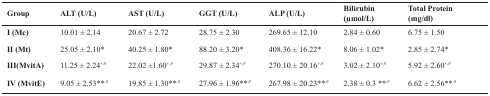
<table><thead><tr><td><b>Group</b></td><td><b>ALT (U/L)</b></td><td><b>AST (U/L)</b></td><td><b>GGT (U/L)</b></td><td><b>ALP (U/L)</b></td><td><b>Bilirubin (μmol/L)</b></td><td><b>Total Protein(mg/dl)</b></td></tr></thead><tbody><tr><td>I (Mc)</td><td>10.01 ± 2.14</td><td>20.67 ± 2.72</td><td>28.75 ± 2.30</td><td>269.65 ± 12.10</td><td>2.84 ± 0.60</td><td>6.75 ± 1.50</td></tr><tr><td>II (Mt)</td><td>25.05 ± 2.10*</td><td>40.25 ± 1.80*</td><td>88.20 ± 3.20*</td><td>408.36 ± 16.22*</td><td>8.06 ± 1.02*</td><td>2.85 ± 2.74*</td></tr><tr><td>III (MvitA)</td><td>11.25 ± 2.24<sup>+,#</sup></td><td>22.02 ±1.60<sup>+,#</sup></td><td>29.87 ± 2.34<sup>+,#</sup></td><td>270.10 ± 20.16<sup>+,#</sup></td><td>3.02 ± 2.10<sup>+,#</sup></td><td>5.92 ± 2.60<sup>+,#</sup></td></tr><tr><td>IV (MvitE)</td><td>9.05 ± 2.53**<sup>,#</sup></td><td>19.85 ± 1.30**<sup>,#</sup></td><td>27.96 ± 1.96**<sup>,#</sup></td><td>267.98 ± 20.23**<sup>,#</sup></td><td>2.38 ± 0.3 **<sup>,#</sup></td><td>6.62 ± 2.56**<sup>,#</sup></td></tr></tbody></table>